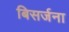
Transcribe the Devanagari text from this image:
बिसर्जना